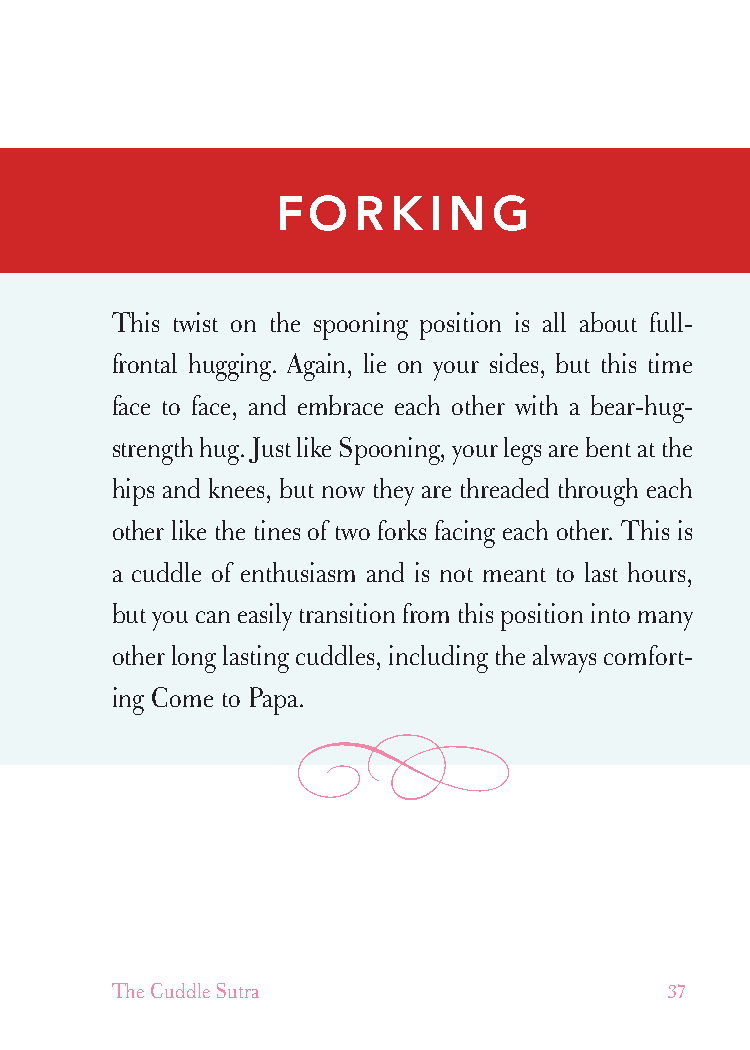
cudllesutra_internals1 7/16/07 2:50 PM Page 37
 FORKING
 This twist on the spooning position is all about full-
 frontal hugging. Again, lie on your sides, but this time
 face to face, and embrace each other with a bear-hug-
 strength hug. Just like Spooning, your legs are bent at the
 hips and knees, but now they are threaded through each
 other like the tines of two forks facing each other. This is
 a cuddle of enthusiasm and is not meant to last hours,
 but you can easily transition from this position into many
 other long lasting cuddles, including the always comfort-
 ing Come to Papa.
 The Cuddle Sutra                     37